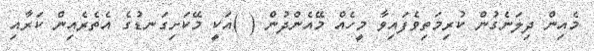
މެއިން ދިލަނެގުން ކުރިމަތިވެފައިވާ މީހެއް މޭއެންދުން ( )އަކީ މޭކަށިގަނޑުގެ އެތެރެއިން ކަރާއި